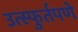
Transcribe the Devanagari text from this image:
उत्स्फुर्तपणे